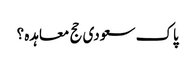
پاک سعودی حج معاہدہ ؟